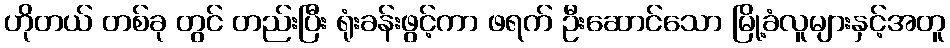
ဟိုတယ် တစ်ခု တွင် တည်းပြီး ရုံးခန်းဖွင့်ကာ ဖရက် ဦးဆောင်သော မြို့ခံလူများနှင့်အတူ